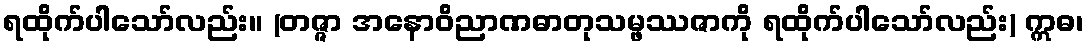
ရထိုက်ပါသော်လည်း။ (တဇ္ဇာ အနောဝိညာဏဓာတုသမ္ဖဿဇာကို ရထိုက်ပါသော်လည်း) ဣဓ၊